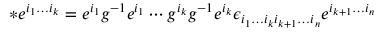
* e ^ { i _ { 1 } \ldots i _ { k } } = e ^ { i _ { 1 } } g ^ { - 1 } e ^ { i _ { 1 } } \cdots g ^ { i _ { k } } g ^ { - 1 } e ^ { i _ { k } } \epsilon _ { i _ { 1 } \ldots i _ { k } i _ { k + 1 } \ldots i _ { n } } e ^ { i _ { k + 1 } \ldots i _ { n } }